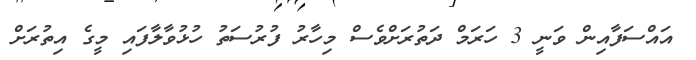
އައްސަފާއިން ވަނީ 3 ހަރަމް ދަތުރަށްވެސް މިހާރު ފުރުސަތު ހުޅުވާލާފައި މީގެ އިތުރަށް